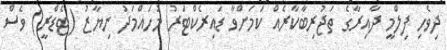
ދިވެހި ފިލްމީ ދާއިރާގެ ތަޖުރިބާކާރެއް ކަމަށްވާ ޑައިރެކްޓަރު މުހައްމަދު ނިޔާޒު (ޓެޑްރީ) ވެސް